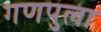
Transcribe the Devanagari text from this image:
गणपुला